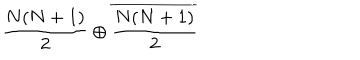
\frac { N ( N + 1 ) } { 2 } \oplus \overline { { { \frac { N ( N + 1 ) } { 2 } } } }